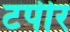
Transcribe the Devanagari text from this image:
टपीर